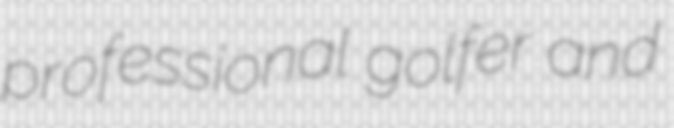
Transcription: professional golfer and